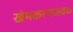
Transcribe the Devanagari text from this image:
खेमकरणजवळ